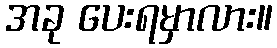
အခု ပေးရမှာလား။